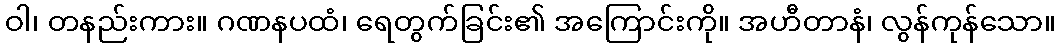
ဝါ၊ တနည်းကား။ ဂဏနပထံ၊ ရေတွက်ခြင်း၏ အကြောင်းကို။ အဟီတာနံ၊ လွန်ကုန်သော။